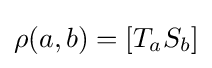
\rho (a,b)=[T_{a}S_{b}]